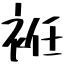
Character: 袵